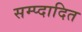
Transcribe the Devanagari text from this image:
सम्प्दादित